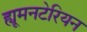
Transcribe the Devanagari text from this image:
ह्यूमनटेरियन